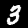
Digit: 3